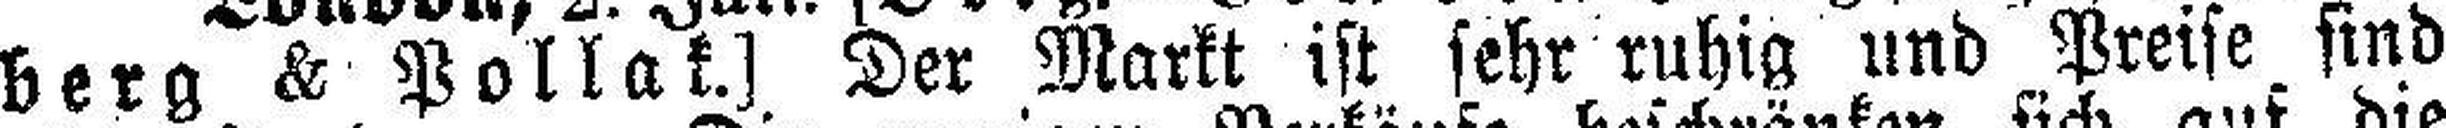
berg & Pollak.] Der Markt ist sehr ruhig und Preise sind